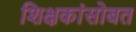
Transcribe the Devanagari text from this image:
शिक्षकांसोबत